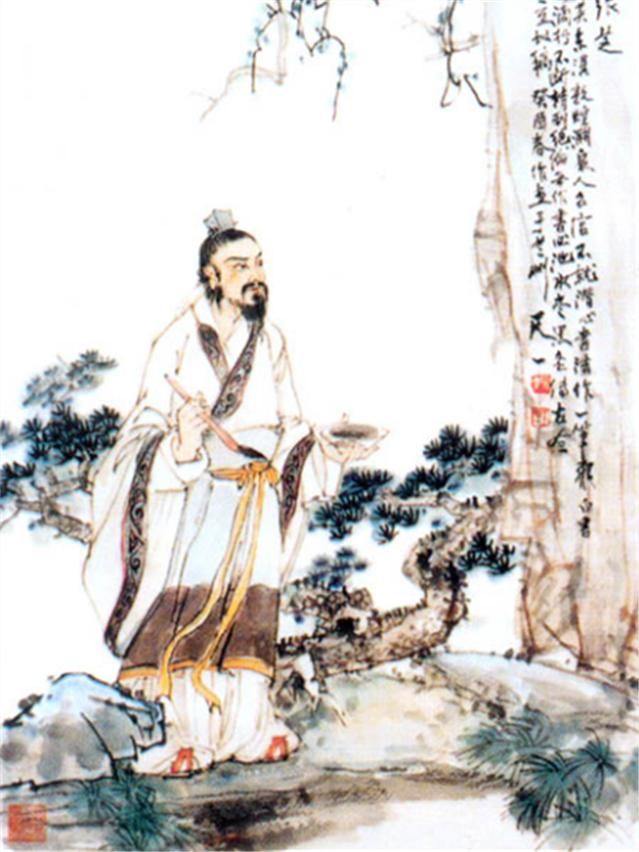
君子耻不修，不耻见污。